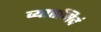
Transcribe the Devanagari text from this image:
व्याप्तमिदं